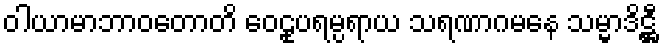
ဝါယာမာဘာဝတောတိ ဝေဠုပရမ္ပရာယ သရဏာဂမနေ သမ္မာဒိဋ္ဌီ